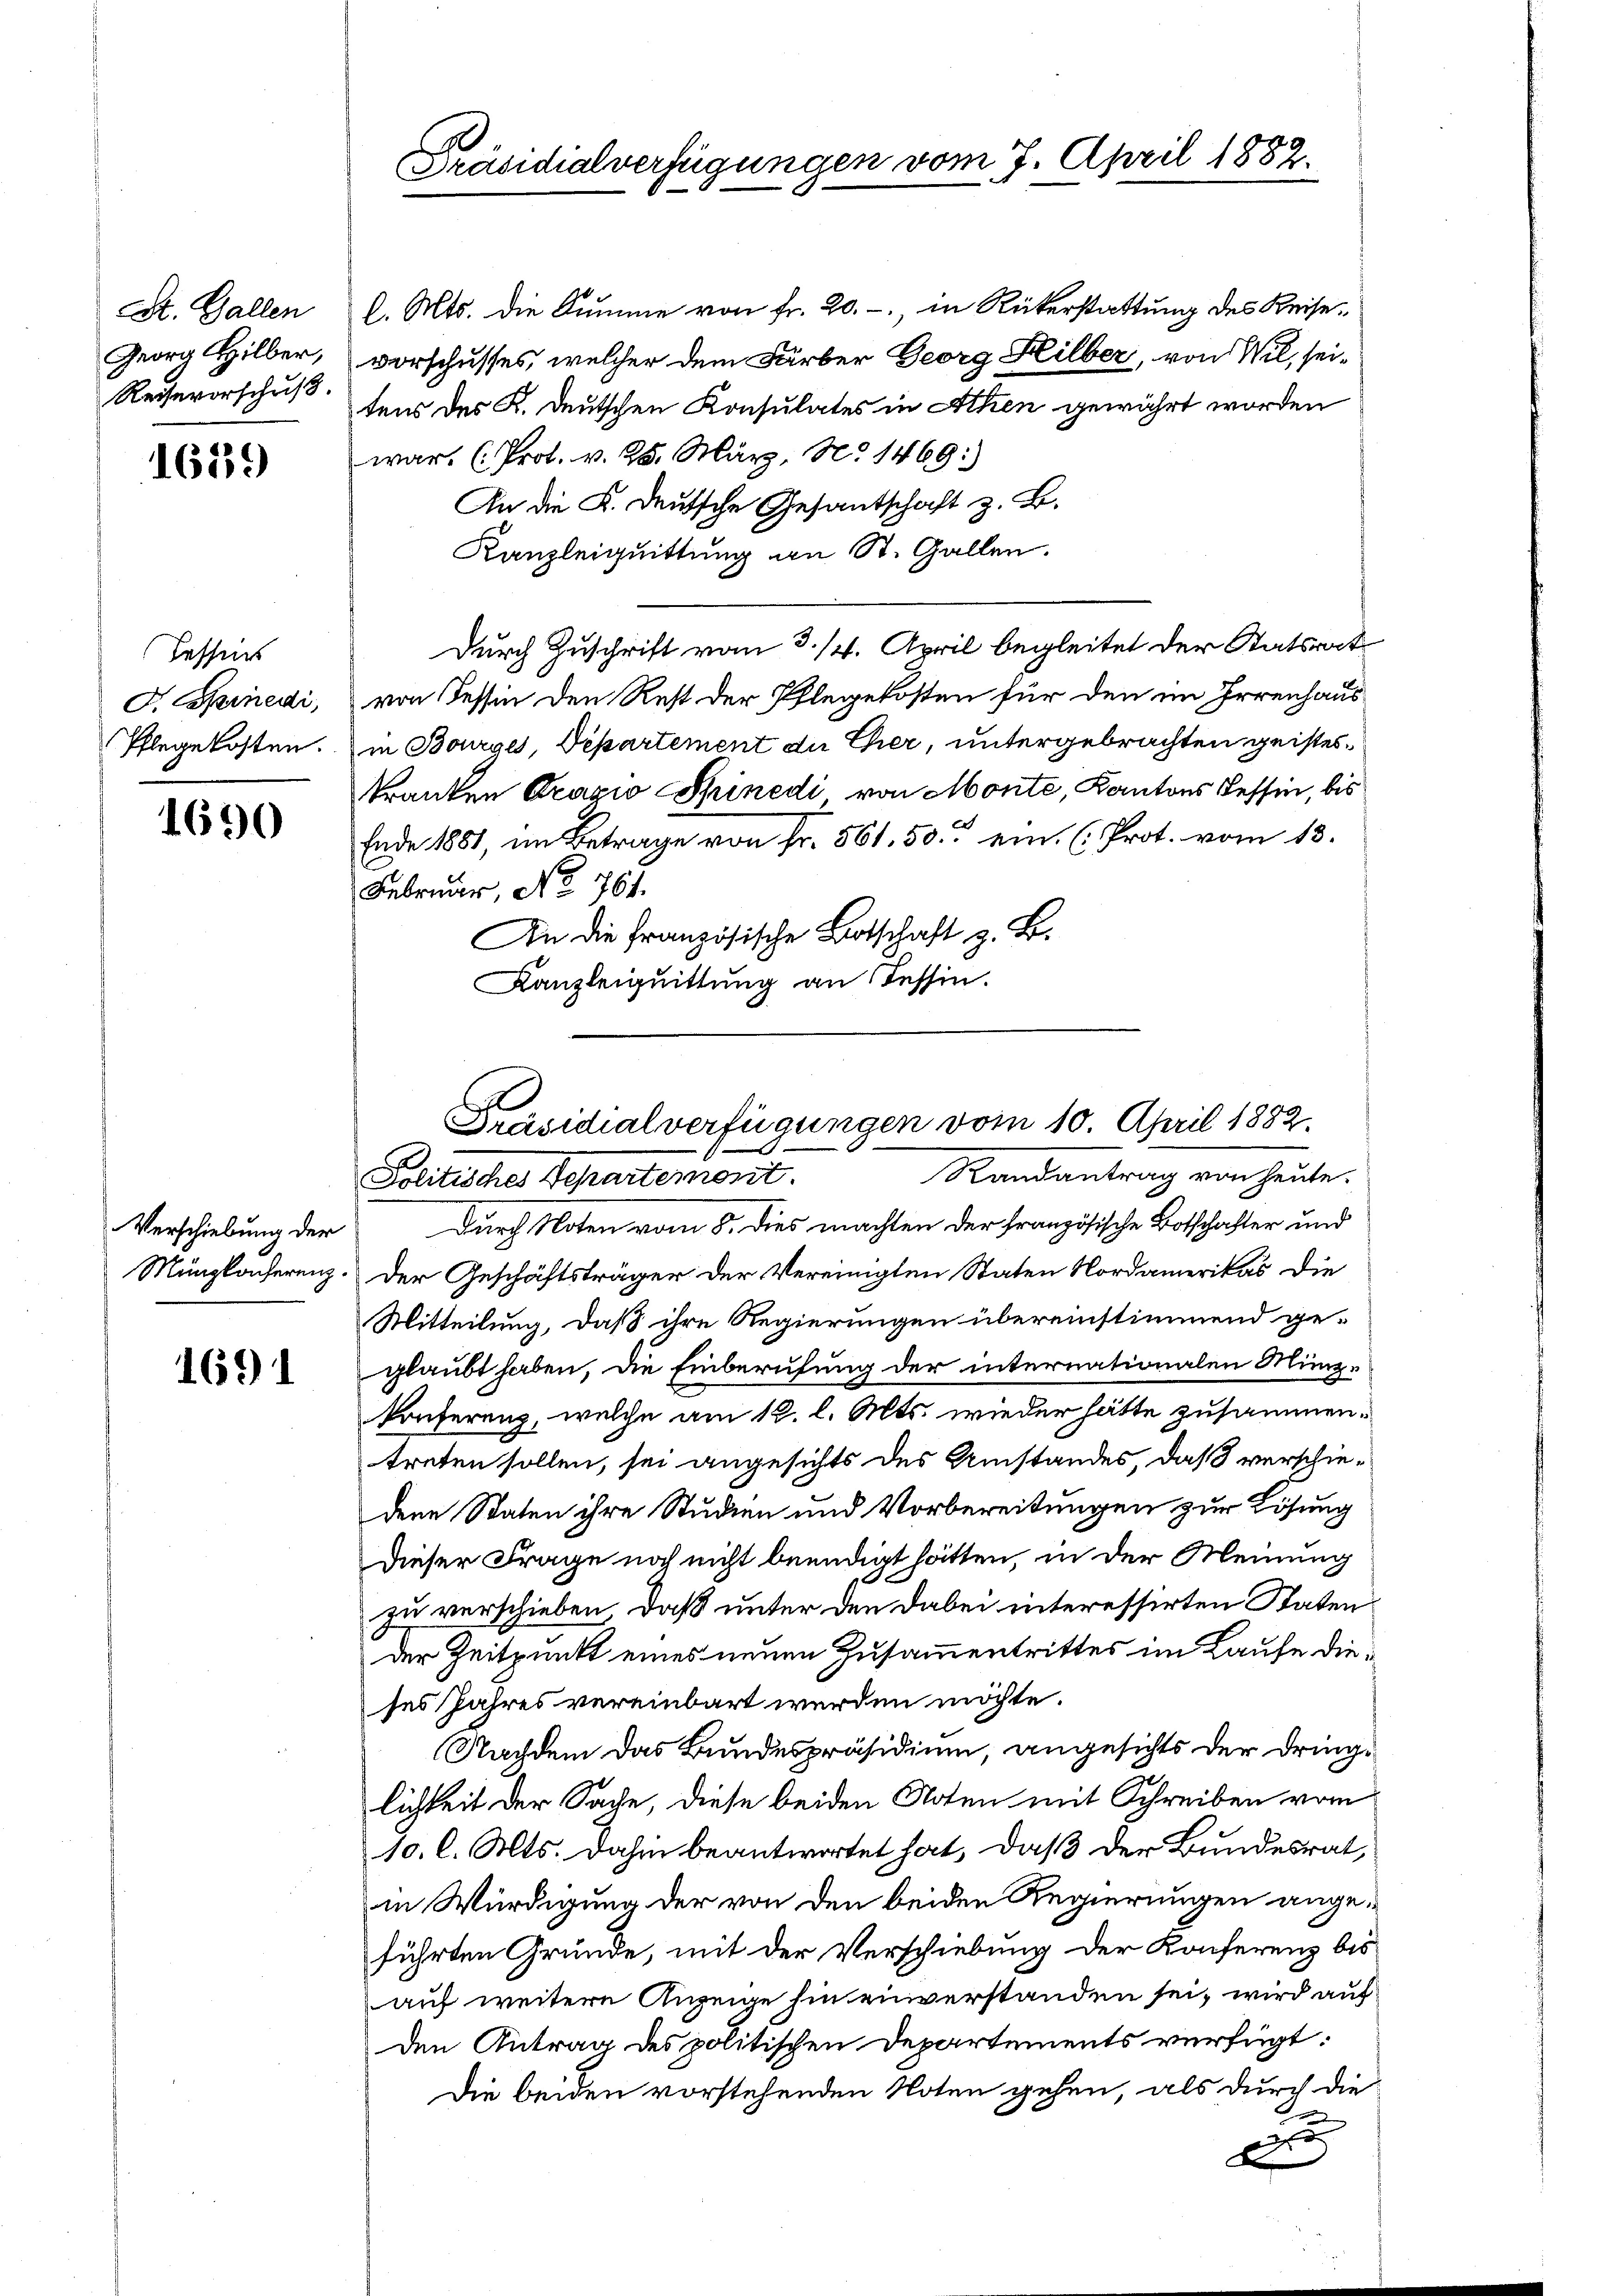
St. Gallen
Georg Hilber,
Reisevorschuß.

1639

Hessens
G. einedi,
Pflegekosten.

1690

Verschiebung der

1691

l. Mts. die Summe von fr. 20.-, in Rükerstattung des Keisevorschusses, welcher dem Färber Georg Hilber, von Wil, seitens des K. Deutschen Konsulates in Athen gewährt worden
war. (Prot. v. 25. März, No 1469)
An die K. Deutsche Gesantschaft z. B.
Kanzleiquittung an St. Gallen.
Durch Zuschrift vom 3./4. April begleitet der Statsrat
von Tessin den Rest der Pflegekosten für den im Irrenhaus
in Borges, Departement du Chier, untergebrachten geistestranken Pragio Spinedi von Monte, Kantons Tessin, bis
Ende 1881, im Betrage von fr. 561. 50. ein (Prot. vom 13.
Februar, No 767.
An die Französische Botschaft z. B.
Kanzleiquittung an Tessin.

Präsidialverfügungen vom 7. April 1882.

Präsidialverfügungen vom 10. April 1882.
Randantrag von heute.
Politisches Schartemosit.

Durch Noten vom 8. Dies machten der Französische Botschafter und
Munglacherenz. Der Geschäftsträger der Vereinigten Staten Nordamerikas die
Mitteilung, daß ihre Regierungen übereinstimmend geglaubt haben, die Einberufung der internationalen Miniskonferenz, welche am 12. l. Mts. wieder hätte zusammentreten sollen, sei angesichts des Umstandes, daß verschiedene Staten ihre Studien und Vorbereitungen zur Lösung
Dieser Frage noch nicht beendigt hätten, in der Meinung
zu verschieben, daß unter den dabei interessirten Staten
der Zeitpunkt eines neuen Zusammentrittes im Laufe dieses Jahres vereinbart werden möchte.
Nachdem das Bundespräsidium, angesichts der dringe
lichkeit der Sache, diese beiden Noten mit Schreiben vom
10. l. Mts. dahin beantwortet hat, daß der Bundesrat,
in Würdigung der von den beiden Regierungen angeführten Gründe, mit der Verschiebung der Konferenz bis
auf weitere Anzeige hin einverstanden sei, wird auf
den Antrag des politischen Departements verfügt:
Die beiden vorstehenden Noten gehen, als durch die
r
d